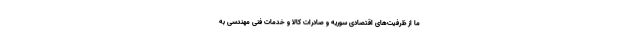
ما از ظرفیت‌های اقتصادی سوریه و صادرات کالا و خدمات فنی مهندسی به